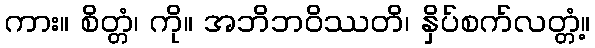
ကား။ စိတ္တံ၊ ကို။ အဘိဘဝိဿတိ၊ နှိပ်စက်လတ္တံ့။